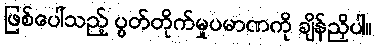
ဖြစ်ပေါ်သည့် ပွတ်တိုက်မှုပမာဏကို ချိန်ညှိပါ။